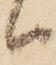
ハ